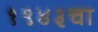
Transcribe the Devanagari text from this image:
१९४३चा